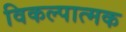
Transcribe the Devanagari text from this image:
विकल्पात्मक